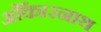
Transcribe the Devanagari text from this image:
ओँकारनाथ